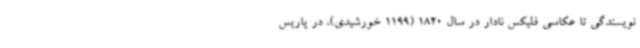
نویسندگی تا عکاسی فلیکس نادار در سال 1820 (1199 خورشیدی)، در پاریس